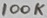
Text: 100K